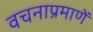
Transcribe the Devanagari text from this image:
वचनाप्रमाणें